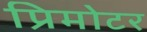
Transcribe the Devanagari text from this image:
प्रिमोटर